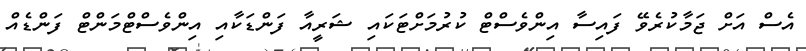
އެސް އަށް ޖަމާކުރެވޭ ފައިސާ އިންވެސްޓް ކުރުމަށްޓަކައި ޝަރީއާ ފަންޑަކާއި އިންވެސްޓްމަންޓް ފަންޑެއް